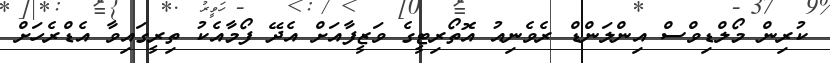
ކުރިން މޯލްޑިވްސް އިންލަންޑް ރެވެނިއު އޮތޯރިޓީގެ ވަޒީފާއަށް އެދޭ ފޯމާއެކު ތިރީގައިވާ އެޑްރެހަށް